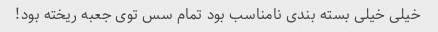
خیلی خیلی بسته بندی نامناسب بود تمام سس توی جعبه ریخته بود!